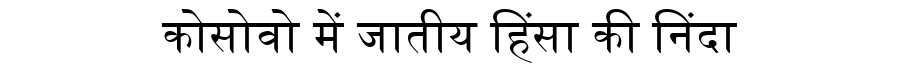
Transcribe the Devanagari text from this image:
कोसोवो में जातीय हिंसा की निंदा